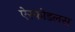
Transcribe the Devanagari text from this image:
ऐस्फोडलस